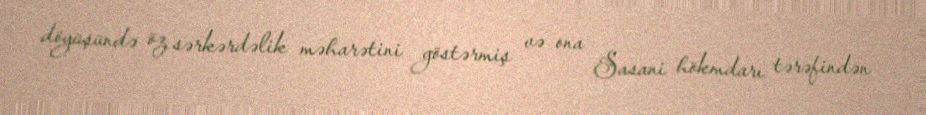
döyüşündə öz sərkərdəlik məharətini göstərmiş və ona Sasani hökmdarı tərəfindən